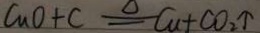
C u O + C \xlongequal { \Delta } C u + C O _ { 2 } \uparrow